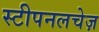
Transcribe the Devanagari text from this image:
स्टीपनलचेज़